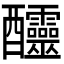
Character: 𨤍